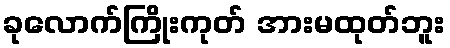
ခုလောက်ကြိုးကုတ် အားမထုတ်ဘူး